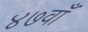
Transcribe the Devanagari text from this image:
४७वाँ